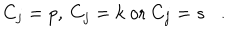
LaTeX: \; \; C _ { j } = p , \: C _ { j } = k { \mathrm { ~ o r ~ } } C _ { j } = s .